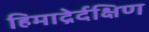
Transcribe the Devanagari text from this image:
हिमाद्रेर्दक्षिण